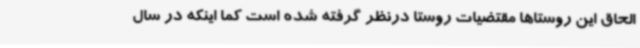
الحاق این روستاها مقتضیات روستا درنظر گرفته شده است کما اینکه در سال